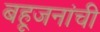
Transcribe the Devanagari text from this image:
बहूजनांची